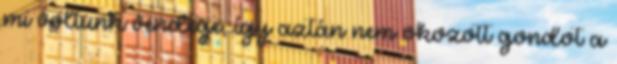
mi voltunk vendége, így aztán nem okozott gondot a